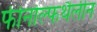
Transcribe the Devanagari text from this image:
फीनोल्फथैलीन